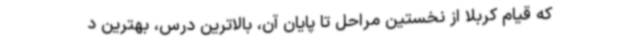
که قیام کربلا از نخستین مراحل تا پایان آن، بالاترین درس، بهترین د